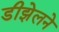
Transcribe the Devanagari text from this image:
डीझेलने